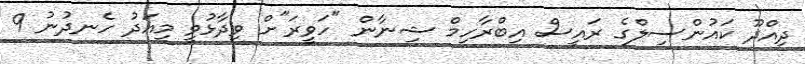
ދިއްދޫ ކައުންސިލްގެ ރައީސް އިބްރާހިމް ޝިނާން "ހަވީރަ"ށް ވިދާޅުވީ މިއަދު ހެނދުނު 9